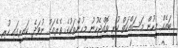
ބައެއް މީހުން މަސައްކަތް ކުރީ ތޮއްޖެހުނު މީހުންތަކުގެ ތެރެއަށް ނުވަދެ ކައިރީގައި ހުރި